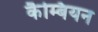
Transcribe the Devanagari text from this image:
कैम्बियन